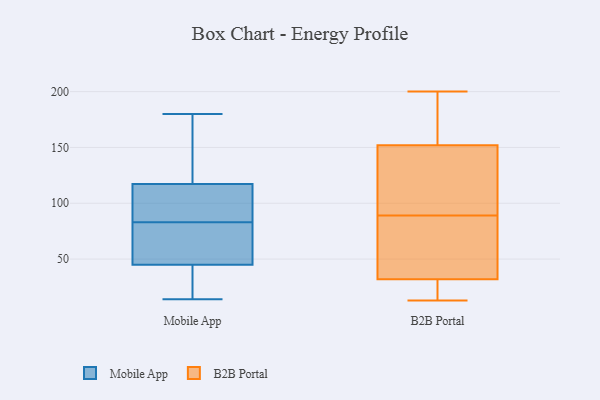
{"axis": {"x": "Waste Production (Tons)", "y": "Value"}, "legend": ["B2B Portal", "Mobile App"], "data": [{"x": "", "y": 14, "type": "Mobile App"}, {"x": "", "y": 60, "type": "Mobile App"}, {"x": "", "y": 48, "type": "Mobile App"}, {"x": "", "y": 154, "type": "Mobile App"}, {"x": "", "y": 82, "type": "Mobile App"}, {"x": "", "y": 121, "type": "Mobile App"}, {"x": "", "y": 83, "type": "Mobile App"}, {"x": "", "y": 109, "type": "Mobile App"}, {"x": "", "y": 46, "type": "Mobile App"}, {"x": "", "y": 38, "type": "Mobile App"}, {"x": "", "y": 42, "type": "Mobile App"}, {"x": "", "y": 39, "type": "Mobile App"}, {"x": "", "y": 116, "type": "Mobile App"}, {"x": "", "y": 180, "type": "Mobile App"}, {"x": "", "y": 100, "type": "Mobile App"}, {"x": "", "y": 88, "type": "Mobile App"}, {"x": "", "y": 126, "type": "Mobile App"}, {"x": "", "y": 180, "type": "B2B Portal"}, {"x": "", "y": 75, "type": "B2B Portal"}, {"x": "", "y": 88, "type": "B2B Portal"}, {"x": "", "y": 130, "type": "B2B Portal"}, {"x": "", "y": 123, "type": "B2B Portal"}, {"x": "", "y": 190, "type": "B2B Portal"}, {"x": "", "y": 80, "type": "B2B Portal"}, {"x": "", "y": 13, "type": "B2B Portal"}, {"x": "", "y": 18, "type": "B2B Portal"}, {"x": "", "y": 200, "type": "B2B Portal"}, {"x": "", "y": 32, "type": "B2B Portal"}, {"x": "", "y": 173, "type": "B2B Portal"}, {"x": "", "y": 28, "type": "B2B Portal"}, {"x": "", "y": 90, "type": "B2B Portal"}, {"x": "", "y": 28, "type": "B2B Portal"}, {"x": "", "y": 152, "type": "B2B Portal"}, {"x": "", "y": 69, "type": "B2B Portal"}, {"x": "", "y": 92, "type": "B2B Portal"}]}